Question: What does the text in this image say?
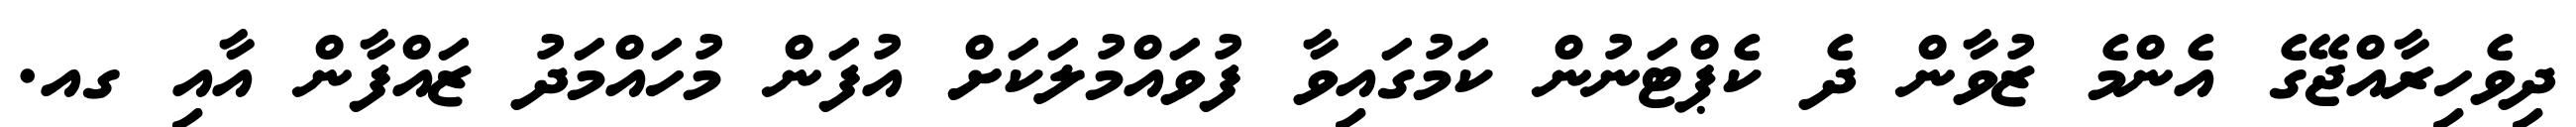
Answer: ދިވެހިރާއްޖޭގެ އެންމެ ޒުވާން ދެ ކެޕްޓަނުން ކަމުގައިވާ ފުވައްމުލަކަށް އުފަން މުހައްމަދު ޒައްފާން އާއި ގއ.